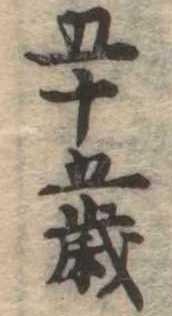
五十五歳